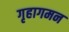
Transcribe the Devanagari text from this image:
गृहागमन